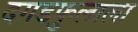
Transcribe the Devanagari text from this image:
दगडफुलाला